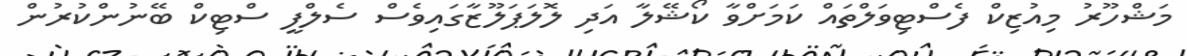
މަޝްހޫރު މިއުޒިކް ފެސްޓިވަލްތައް ކަމަށްވާ ކޯޝޭލާ އަދި ލޮލަޕަލޫޒާގައިވެސް ސެލްފީ ސްޓިކް ބޭނުންކުރުން